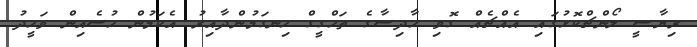
ރިޔާސީ ލޯންޗްކޮޅުގައި އެއްޗެއް ގޮވި ހާދިސާގެ ތަހްގީގް ހިނގަމުންދާއިރު އެކަމުން ހުސެއިން ވަހީދު